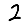
Digit: 2